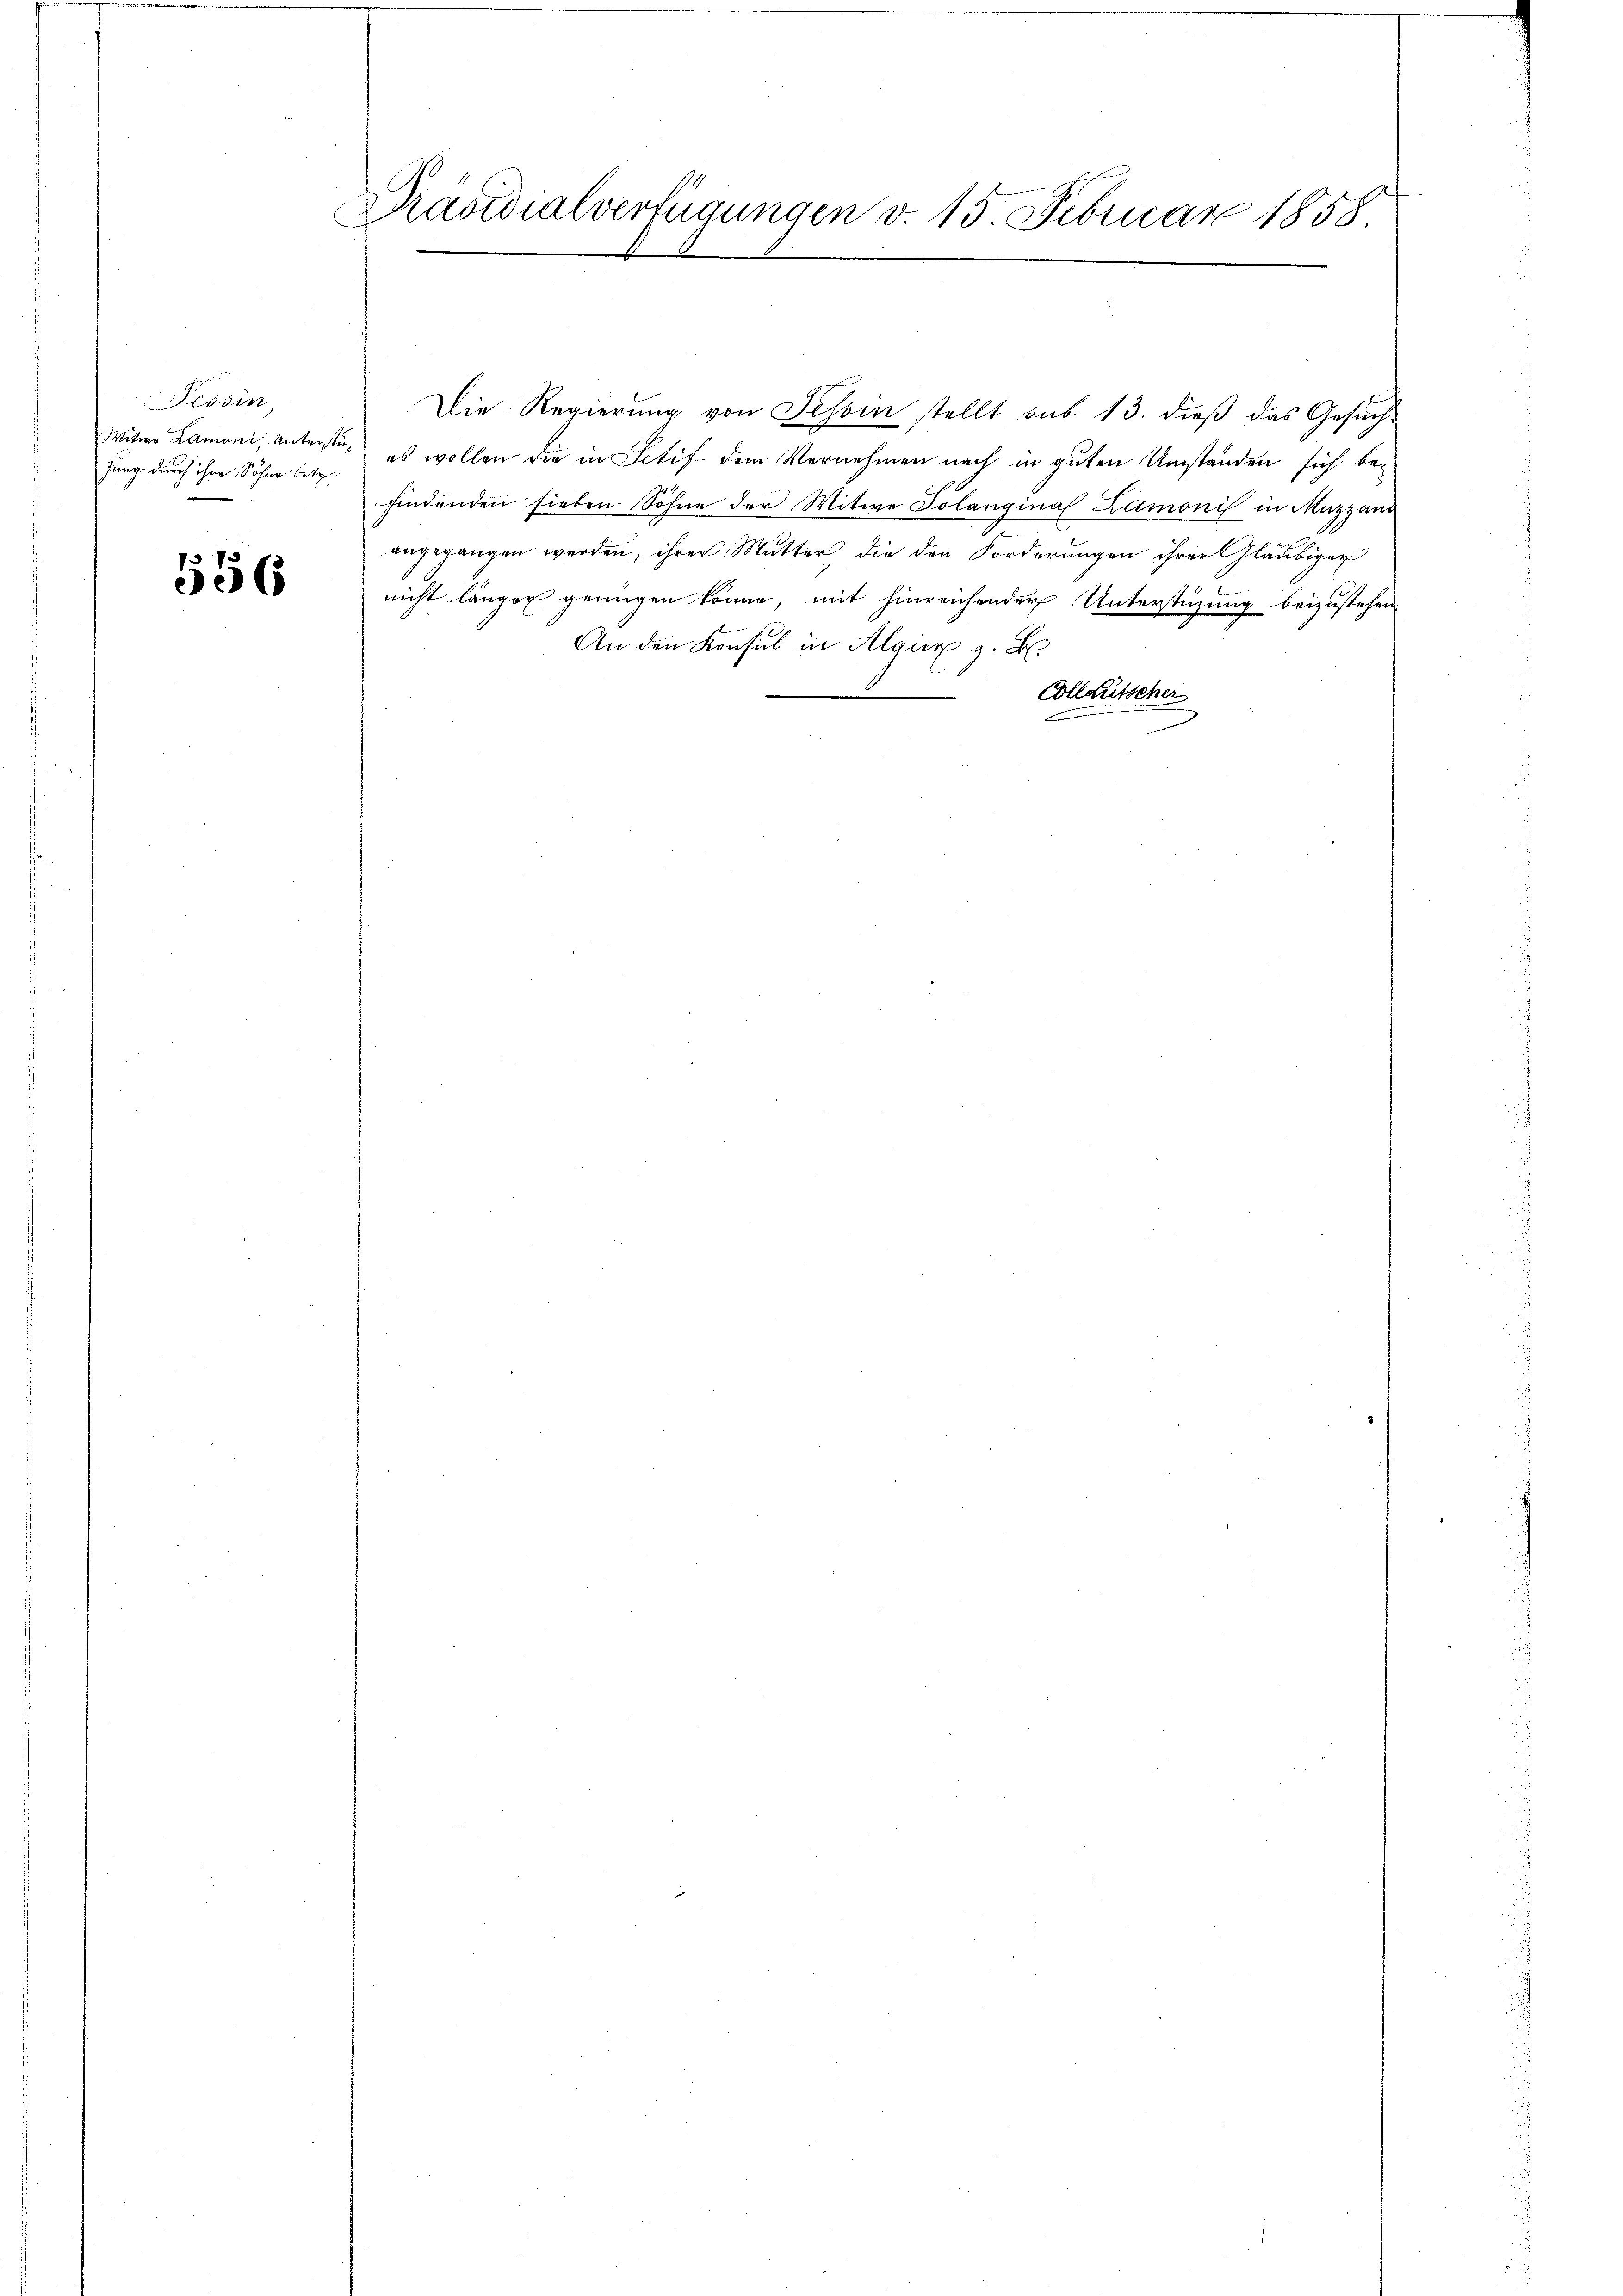
Herum
Witwe Lamoni, Unterstüfung durch ihre Söhne betr.

556

Präsidialverfügungen v. 15. Februar 1858

Die Regierung von Tessin stellt sub 13. dieß das Gesuches wollen die in Ictif dem Vernehmen nach in guten Umständen sich befindenden sieben Söhne der Witwe Solangina Zamonis in Muzzani
angegangen werden, ihrer Mutter die den Forderungen ihrer Gläubiger
nicht länger genügen könne, mit hinreichender Unterstüzung beizustehen
An den Konsul in Algiere z. B.
e
Collautscher